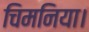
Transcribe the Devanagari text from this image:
चिमनिया।